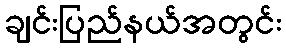
ချင်းပြည်နယ်အတွင်း